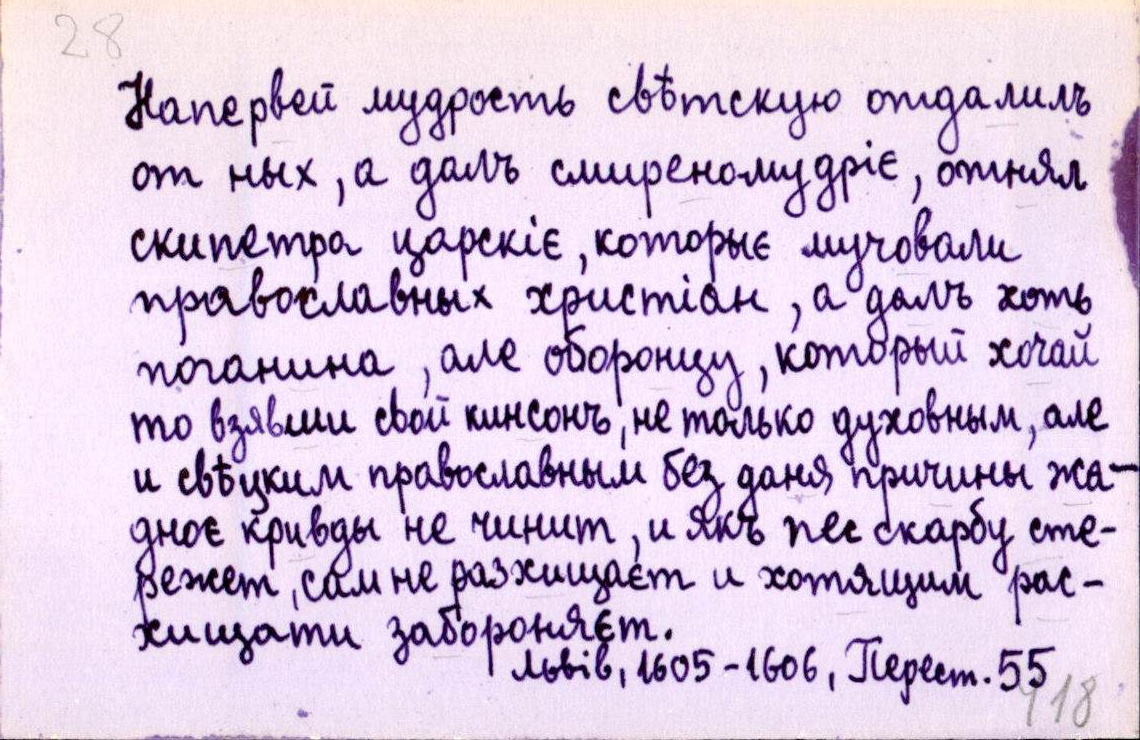
Напервей мудрость свѣтскую отдалилъ
от ных, а далъ смиреномудріє, отнял
скипетра царскіє, которыє мучовали
православных христіан, а далъ хоть
поганина, але оборонцу, который хочай
то взявши свой кинсонъ, не только духовным, але
и свѣцким православным без даня причины жа-
дноє кривды не чинит, и якъ пес скарбу сте-
режет, сам не разхищаєт и хотящим рас-
хищати забороняєт.
Львів, 1605-1606, Перест. 55.